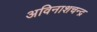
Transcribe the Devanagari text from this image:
अविनाशचन्द्र